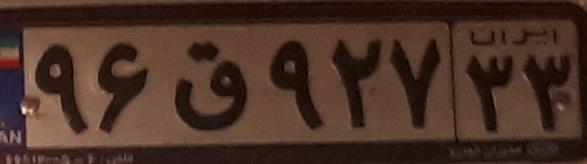
۹۶ق۹۲۷۳۳